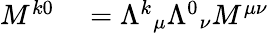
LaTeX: \begin{array}{rl}{M^{k0}}&{{}={\Lambda^{k}}_{\mu}{\Lambda^{0}}_{\nu}M^{\mu\nu}}\end{array}